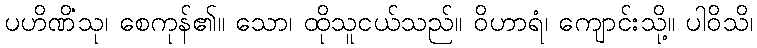
ပဟိဏိံသု၊ စေကုန်၏။ သော၊ ထိုသူငယ်သည်။ ဝိဟာရံ၊ ကျောင်းသို့။ ပါဝိသိ၊